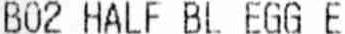
B02 HALF BL EGG E